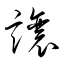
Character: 譲